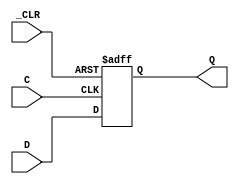
module DFF(
    input C,
    input _CLR,
    input D,
    output reg Q
);

always @ (posedge C or negedge _CLR)begin
    if(!_CLR)
        Q<=0;
    else begin
        Q<=D;
    end
end

//wire OG1,OG2,OG4,OG6,OG3,OG5;
//
//nand G1 (OG1,OG3,OG2,_PRE);
//nand G2 (OG2,OG1,OG4,_CLR);
//nand G3 (OG3,C,OG5,_CLR);
//nand G4 (OG4,OG6,C,OG3);
//nand G5 (OG5,OG6,OG3,_PRE); 
//nand G6 (OG6,D,OG4,_CLR);
//
//assign Q = OG1;
//assign _Q = ~Q;



endmodule